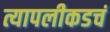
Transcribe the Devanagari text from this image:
त्यापलीकडचं